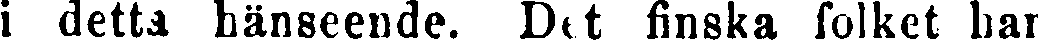
i detta hänseende. Det finska folket har